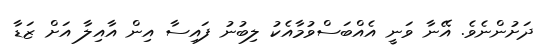
ދަށުންނެވެ. އޭނާ ވަނީ އެއްބަސްވުމާއެކު ލިބުނު ފައިސާ އިން އާއިލާ އަށް ޒަޑާ